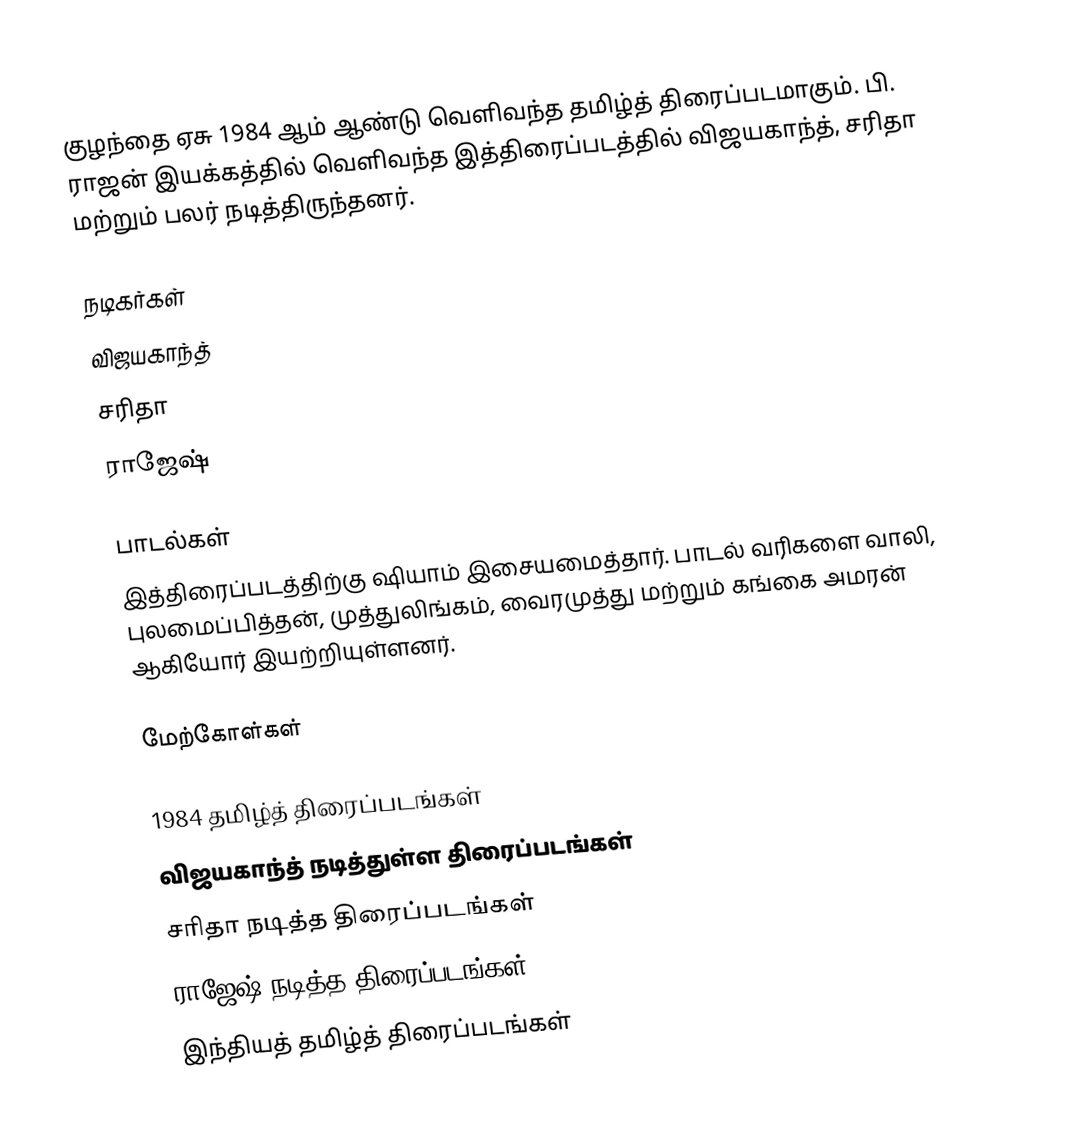
குழந்தை ஏசு 1984 ஆம் ஆண்டு வெளிவந்த தமிழ்த் திரைப்படமாகும். பி. ராஜன் இயக்கத்தில் வெளிவந்த இத்திரைப்படத்தில் விஜயகாந்த், சரிதா மற்றும் பலர் நடித்திருந்தனர்.

நடிகர்கள்
 விஜயகாந்த்
 சரிதா
 ராஜேஷ்

பாடல்கள்
இத்திரைப்படத்திற்கு ஷியாம் இசையமைத்தார். பாடல் வரிகளை வாலி, புலமைப்பித்தன், முத்துலிங்கம், வைரமுத்து மற்றும் கங்கை அமரன் ஆகியோர் இயற்றியுள்ளனர்.

மேற்கோள்கள்

1984 தமிழ்த் திரைப்படங்கள்
விஜயகாந்த் நடித்துள்ள திரைப்படங்கள்
சரிதா நடித்த திரைப்படங்கள்
ராஜேஷ் நடித்த திரைப்படங்கள்
இந்தியத் தமிழ்த் திரைப்படங்கள்